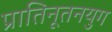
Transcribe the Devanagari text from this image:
प्रातिनूतनयुग